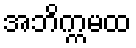
အဘိက္ကမထ